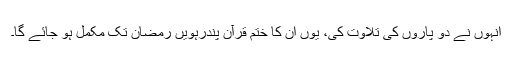
انہوں نے دو پاروں کی تلاوت کی، یوں ان کا ختم قرآن پندرہویں رمضان تک مکمل ہو جائے گا۔